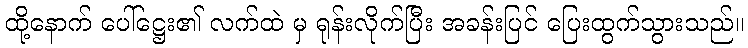
ထို့နောက် ပေါ်ဋ္ဌေး၏ လက်ထဲ မှ ရုန်းလိုက်ပြီး အခန်းပြင် ပြေးထွက်သွားသည်။